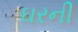
ઘરની